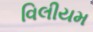
વિલીયમ